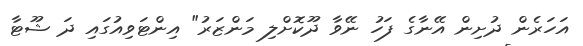
އަހަރެން ދުށިން އޭނާގެ ފަހު ނޭވާ ދޫކޮށްލި މަންޒަރު" އިންޓަވިއުގައި ދަ ޝޫޓާ